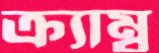
ক্র্যাম্ব